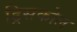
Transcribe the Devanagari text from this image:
ड्रिसकोल